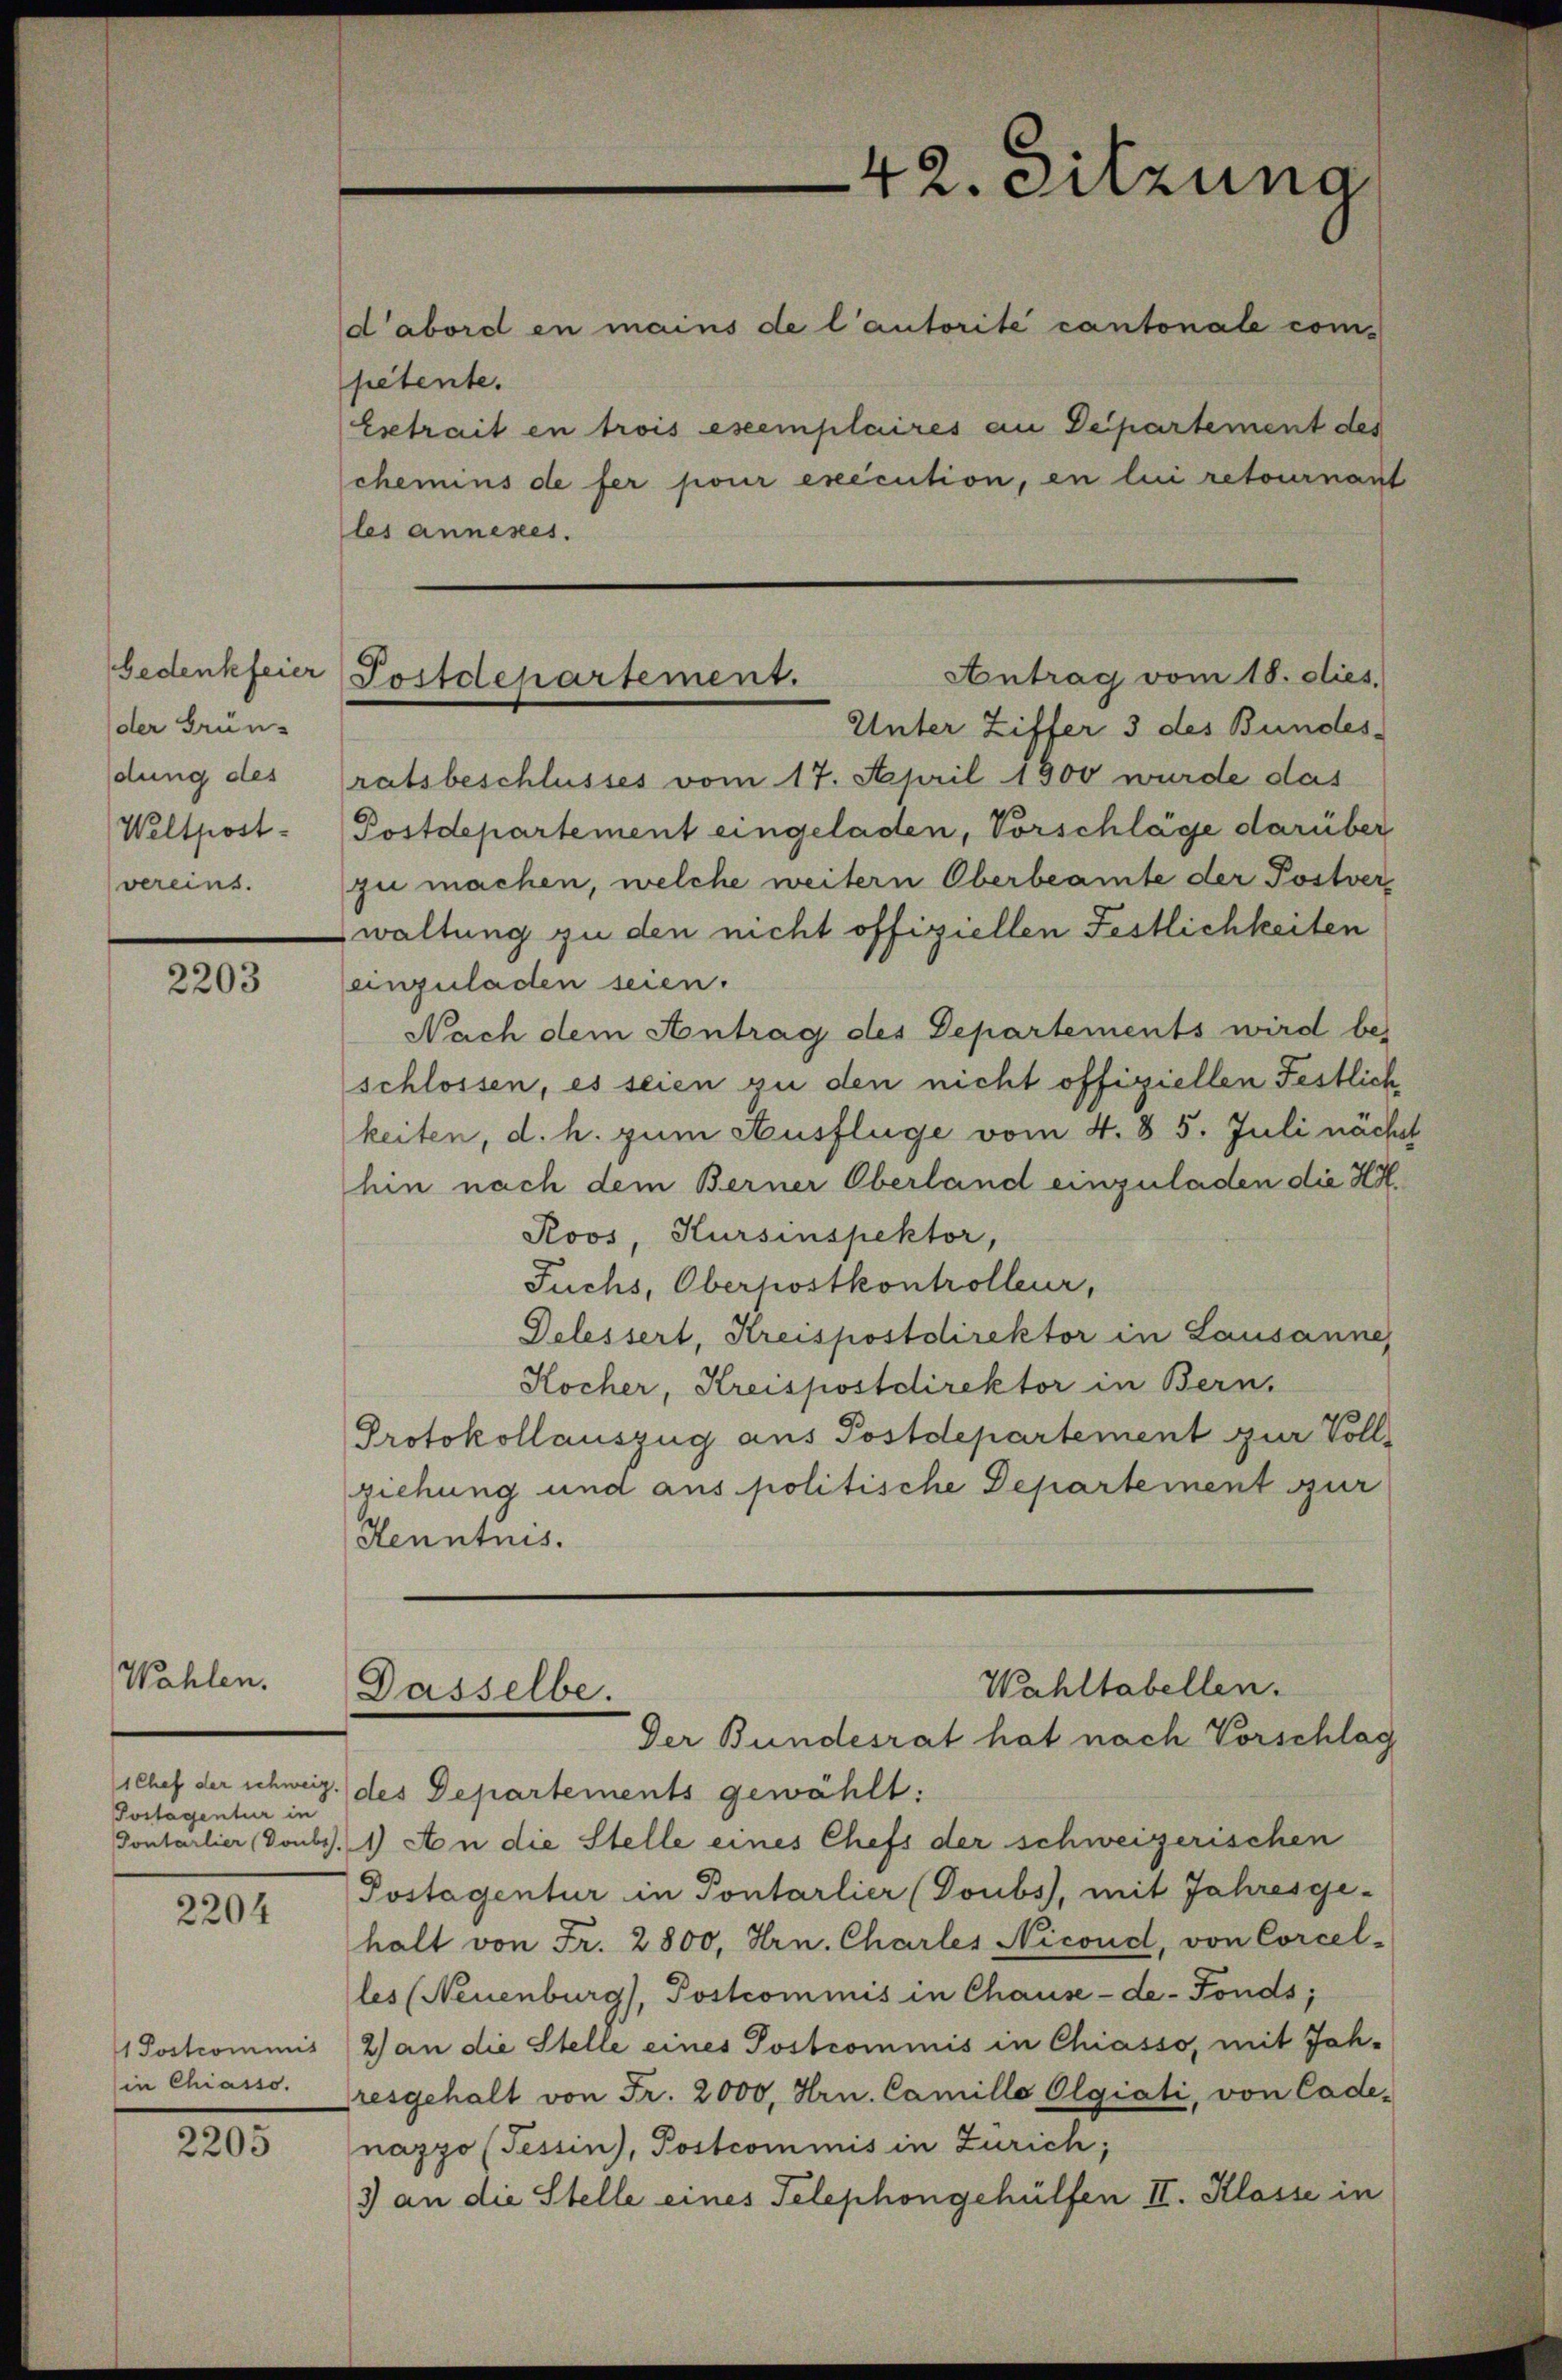
der Grün-
dung des
Weltpost-
vereins.

2203

Wahlen.
Postagentur in

2204

1 Postcommis
sin Chiasso.

2205

42. Sitzung

les annenes.

Antrag vom 18. dies.
bedenkfeier Postdepartement.

d’abord in mains de l’autorité cantonale competente.
Estrait en trois eseemplaires an Departement des
chemins de fer pour exécution, en lui retournant
Unter Ziffer 3 des Bundes-
ratsbeschlusses vom 17. April 1800 wurde das
Postdepartement eingeladen, Vorschläge darüber
zu machen, welche weitern Oberbeamte der Postver
waltung zu den nicht offiziellen Festlichkeiten
einzuladen seien.
Nach dem Antrag des Departements wird bes
schlossen, es seien zu den nicht offiziellen Festlich
keiten, d. h. zum Ausflüge vom 4. 85. Juli nächs
hin nach dem Berner Oberland einzuladen die Hol¬
Roos, Kursinspektor,
Fuchs, Oberpostkontrolleur,
Delessert, Kreispostdirektor in Lausanne,
Kocher, Kreispostdirektor in Bern,
Protokollauszug aus Postdepartement zur Vollziehung und aus politische Departement sur
Henntnis.
Wahltabellen.
Dasselbe.
Der Bundesrat hat nach Vorschlag
chef der schweiz.) des Departements gewählt:
Sontarlier (Doubs. 1) An die Stelle eines Chefs der schweizerischen
Postagentur in Pontarlier (Doubs), mit Jahresge-
halt von Fr. 2800, Hrn. Charles Nicoud, von Corcel-
les (Neuenburg), Postcommis in Chause-de-Fonds;
2) an die Stelle eines Postcommis in Chiasso, mit Joh.
resgehalt von Fr. 2000, Hrn. Camillo Olgiati, von Cade-
nazzo (Tessin, Postcommis in Zürich;
3) an die Stelle eines Telephongehülfen II. Klasse in